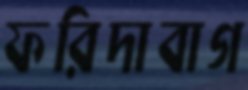
ফরিদাবাগ